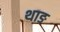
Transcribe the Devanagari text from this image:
थाङ